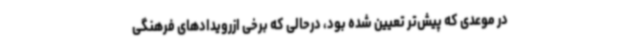
در موعدی که پیش‌تر تعیین شده بود، درحالی که برخی ازرویدادهای فرهنگی